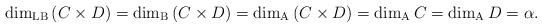
LaTeX: \begin{align*}\dim_{\rm LB}\left(C\times D\right)=\dim_{\rm B}\left(C\times D\right)=\dim_{\rm A}\left(C\times D\right)=\dim_{\rm A}C=\dim_{\rm A}D=\alpha.\end{align*}